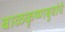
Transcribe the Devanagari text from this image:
बाळकृष्णबुवांचे